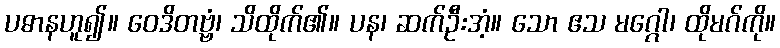
ပဓာနဟူ၍။ ဝေဒိတဗ္ဗံ၊ သိထိုက်၏။ ပန၊ ဆက်ဦးအံ့။ သော ဧသ မဂ္ဂေါ၊ ထိုမဂ်ကို။